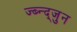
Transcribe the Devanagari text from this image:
ज्ब्न्द्जुन